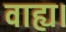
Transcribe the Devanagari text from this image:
वाह्य।